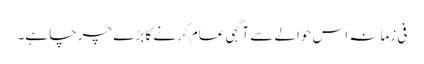
فی زمانہ اس حوالے سے آگہی عام کرنے کا بڑے چرچا ہے۔